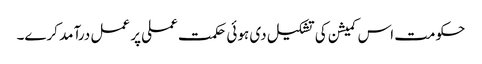
حکومت اس کمیشن کی تشکیل دی ہوئی حکمت عملی پر عمل درآمد کرے۔